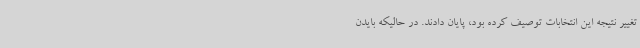
تغییر نتیجه این انتخابات توصیف کرده بود، پایان دادند. در حالیکه بایدن